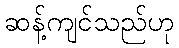
ဆန့်ကျင်သည်ဟု